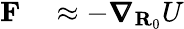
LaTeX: \begin{array}{rl}{\mathbf{F}}&{{}\approx-\pmb{\nabla}_{\mathbf{R}_{0}}U}\end{array}